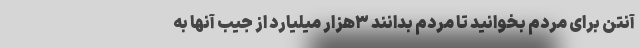
آنتن برای مردم بخوانید تا مردم بدانند ۳هزار میلیارد از جیب آنها به